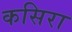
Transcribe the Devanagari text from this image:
कसिरा